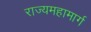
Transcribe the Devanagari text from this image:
राज्यमहामार्ग